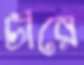
চীরে